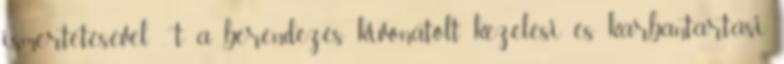
ismertetésével , t a berendezés kivonatolt kezelési és karbantartási